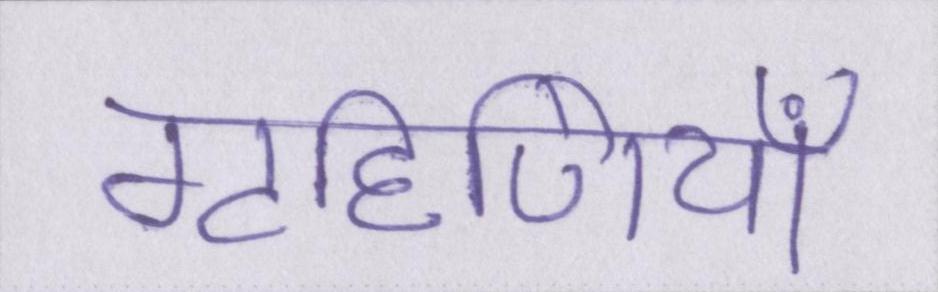
गृहिणियाँ